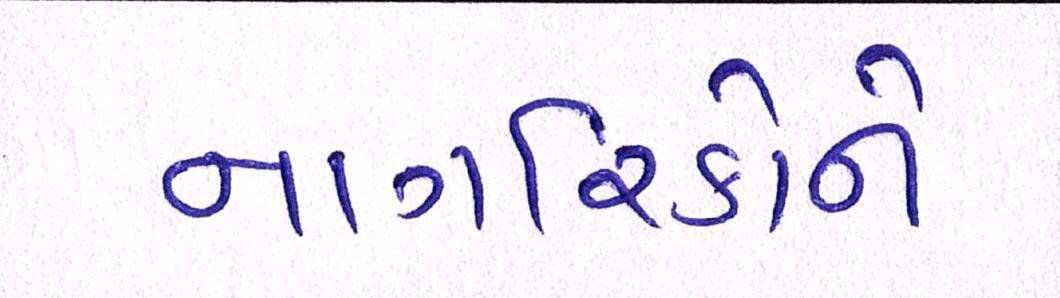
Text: નાગરિકોને